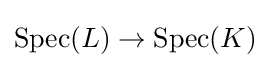
{\text{Spec}}(L)\to {\text{Spec}}(K)